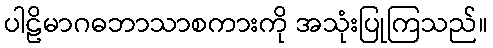
ပါဠိမာဂဓဘာသာစကားကို အသုံးပြုကြသည်။